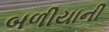
બળીયાની